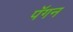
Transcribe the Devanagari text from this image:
पॅगन